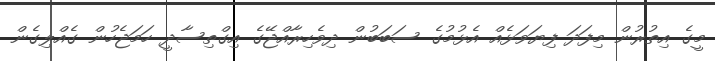
މީގެ އިތުރުން މިފަދަ ފިޔަވަޅެއް އެޅުމުގެ ސަބަބުން ދިވެހިރާއްޖޭގެ އިގްތިސާދީ ހަމަޖެހުން ގެއްލިގެން